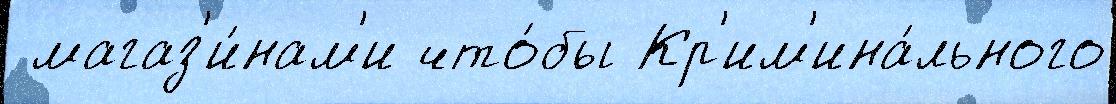
 магаз'и́нам'и что́бы Кр'им'ина́льного